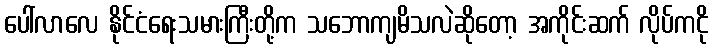
ပေါ်လာလေ နိုင်ငံရေးသမားကြီးတို့က သဘောကျမိသလဲဆိုတော့ အကိုင်းဆက် လိုပ်ကငို